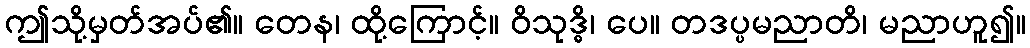
ဤသို့မှတ်အပ်၏။ တေန၊ ထို့ကြောင့်။ ဝိသုဒ္ဓိ၊ ပေ။ တဒပ္ပမညာတိ၊ မညာဟူ၍။